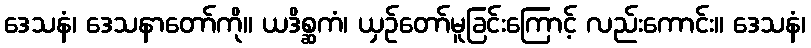
ဒေသနံ၊ ဒေသနာတော်ကို။ ယဒိစ္ဆကံ၊ ယှဉ်တော်မူခြင်းကြောင့် လည်းကောင်း။ ဒေသနံ၊